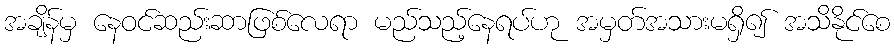
အချိန်မှ နေဝင်ဆည်းဆာဖြစ်လေရာ မည်သည့်နေရပ်ဟု အမှတ်အသားမရှိ၍ အသိနိုင်စေ